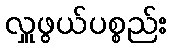
လှူဖွယ်ပစ္စည်း